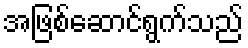
အဖြစ်ဆောင်ရွက်သည်